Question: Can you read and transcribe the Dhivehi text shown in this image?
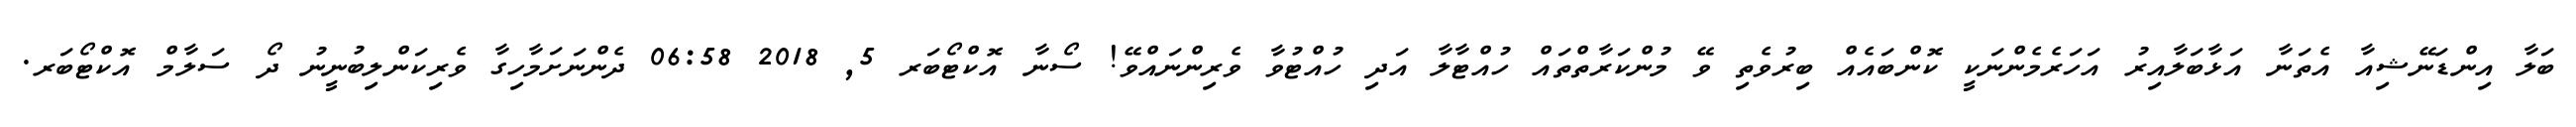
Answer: ބަލާ އިންޑަނޭޝިއާ އެތަނާ އަޅާބަލާއިރު އަހަރެމެންނަކީ ކޮންބައެއް ބިރުވެތި ވޭ މުންކަރާތްތައް ހުއްޓާލާ އަދި ހުއްޓުވާ ވެރިންނައްވޭ! ސޯނާ އޮކްޓޯބަރ 5, 2018 06:58 ދެންނަށަމާހިގާ ވެރިކަންލިބުނީނު ދޯ ސަލާމް އޮކްޓޯބަރ.